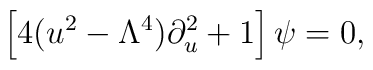
\left[4(u^2-\Lambda^4)\partial_u^2+1\right]\psi=0,